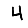
Digit: 4